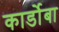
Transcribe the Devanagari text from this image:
कार्डोबा